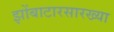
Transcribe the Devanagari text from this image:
झोंबाटारसारख्या